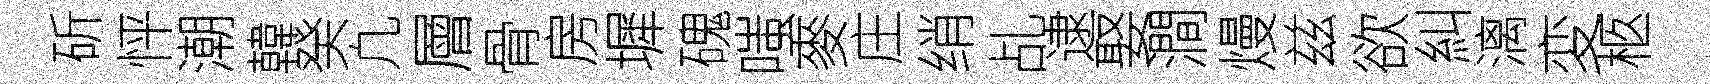
斫怦潮韓癸凢層骨房墀磈嗤麥庄绡乩逮娶澗熳兹欲糾漓変柩